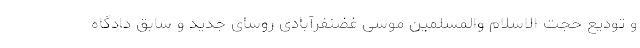
و تودیع حجت الاسلام والمسلمین موسی غضنفرآبادی روسای جدید و سابق دادگاه